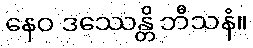
နေဝ ဒဿေန္တိ ဘီသနံ။